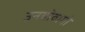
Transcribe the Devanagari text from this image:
उनबीवागो